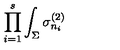
\prod _ { i = 1 } ^ { s } \int _ { \Sigma } \sigma _ { n _ { i } } ^ { ( 2 ) }